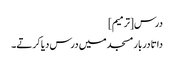
درس[ترمیم]
داتا دربار مسجد میں درس دیا کرتے۔